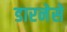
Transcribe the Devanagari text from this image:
डारनेसे